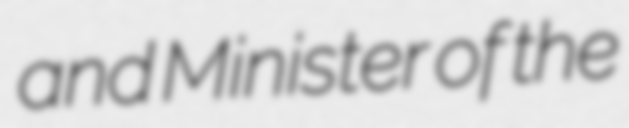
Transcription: and Minister of the